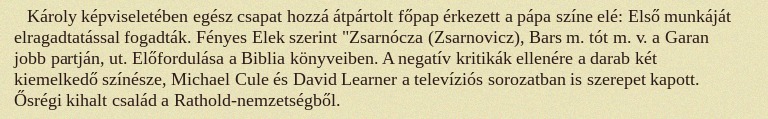
Károly képviseletében egész csapat hozzá átpártolt főpap érkezett a pápa színe elé: Első munkáját elragadtatással fogadták. Fényes Elek szerint "Zsarnócza (Zsarnovicz), Bars m. tót m. v. a Garan jobb partján, ut. Előfordulása a Biblia könyveiben. A negatív kritikák ellenére a darab két kiemelkedő színésze, Michael Cule és David Learner a televíziós sorozatban is szerepet kapott. Ősrégi kihalt család a Rathold-nemzetségből.